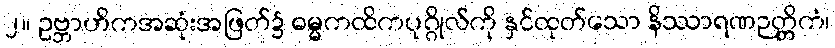
၂။ ဥဗ္ဘာဟိကအဆုံးအဖြတ်၌ ဓမ္မကထိကပုဂ္ဂိုလ်ကို နှင်ထုတ်သော နိဿာရဏဉတ္တိကံ၊